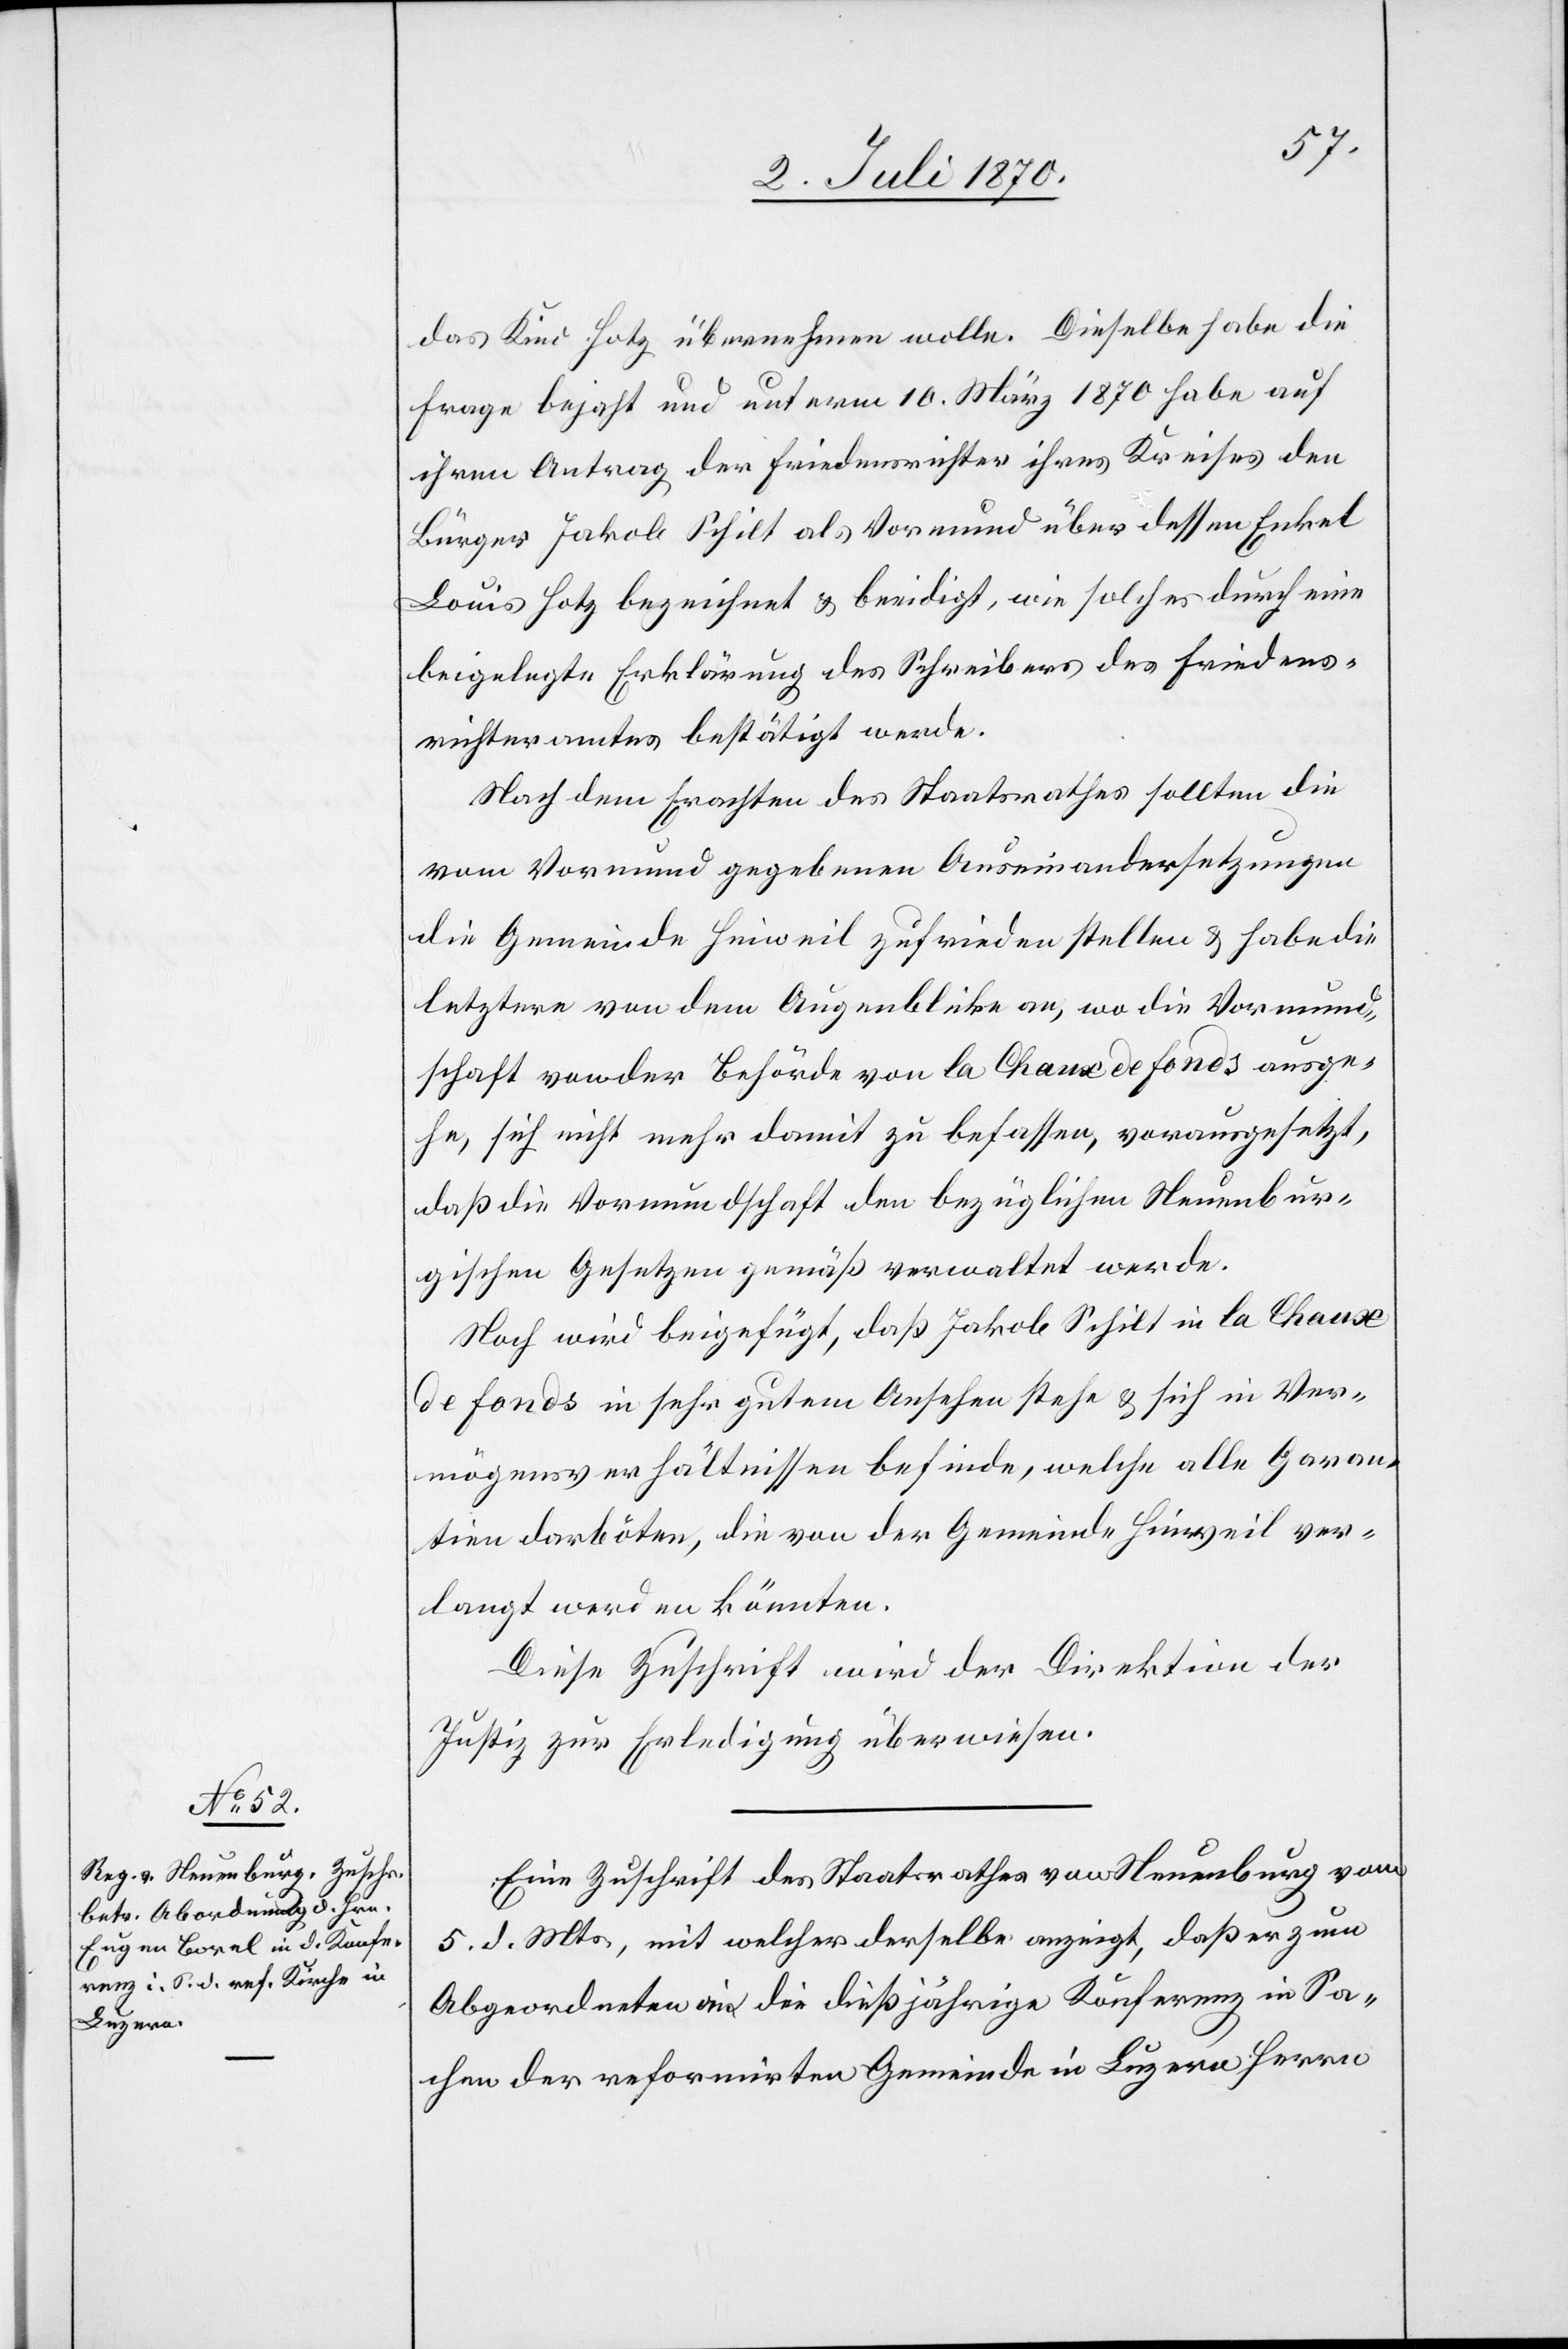
7. Juli 1870.]
das Kind Hotz übernehmen wolle. Dieselbe habe die
Frage bejaht und unterm 10. März 1870 habe auf
ihren Antrag der Friedensrichter ihres Kreises den
Bürger Jakob Schilt als Vormund über dessen Enkel
Louis Hotz bezeichnet & beeidigt, wie solches durch eine
beigelegte Erklärung des Schreibers des Friedens¬
richteramtes bestätigt werde.
Nach dem Erachten des Staatsrathes sollten die
vom Vormund gegebenen Auseinandersetzungen
die Gemeinde Hinweil zufrieden stellen & habe die
letztere von dem Augenblicke an, wo die Vormund¬
schaft von der Behörde von la Chaux de Fonds ausge¬
he, sich nicht mehr damit zu befassen, vorausgesetzt,
daß die Vormundschaft den bezüglichen Neuenbur¬
gischen Gesetzen gemäß verwaltet werden.
Noch wird beigefügt, daß Jakob Schilt in la Chaux
de Fonds in sehr gutem Ansehen stehe & sich in Ver¬
mögensverhältnissen befinde, welche alle Garan¬
tien darbieten, die von der Gemeinde Hinweil ver¬
langt werden könnten.
Diese Zuschrift wird der Direktion der
Justiz zur Erledigung überwiesen.
Eine Zuschrift des Staatsrathes von Neuenburg vom
5. d. Mts., mit welcher derselbe anzeigt, daß er zum
Abgeordneten an die dießjährige Konferenz in Sa¬
chen der reformirten Gemeinde in Luzern Herrn